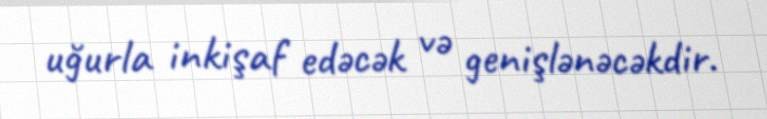
uğurla inkişaf edəcək və genişlənəcəkdir.